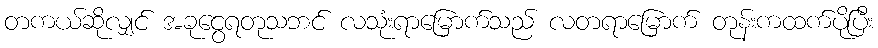
တကယ်ဆိုလျှင် အခုငွေရတုသဘင် လသုံးရာမြောက်သည် လတရာမြောက် တုန်းကထက်ပိုပြီး